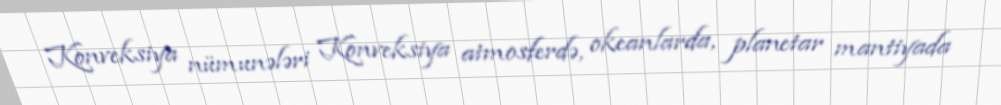
Konveksiya nümunələri Konveksiya atmosferdə, okeanlarda, planetar mantiyada